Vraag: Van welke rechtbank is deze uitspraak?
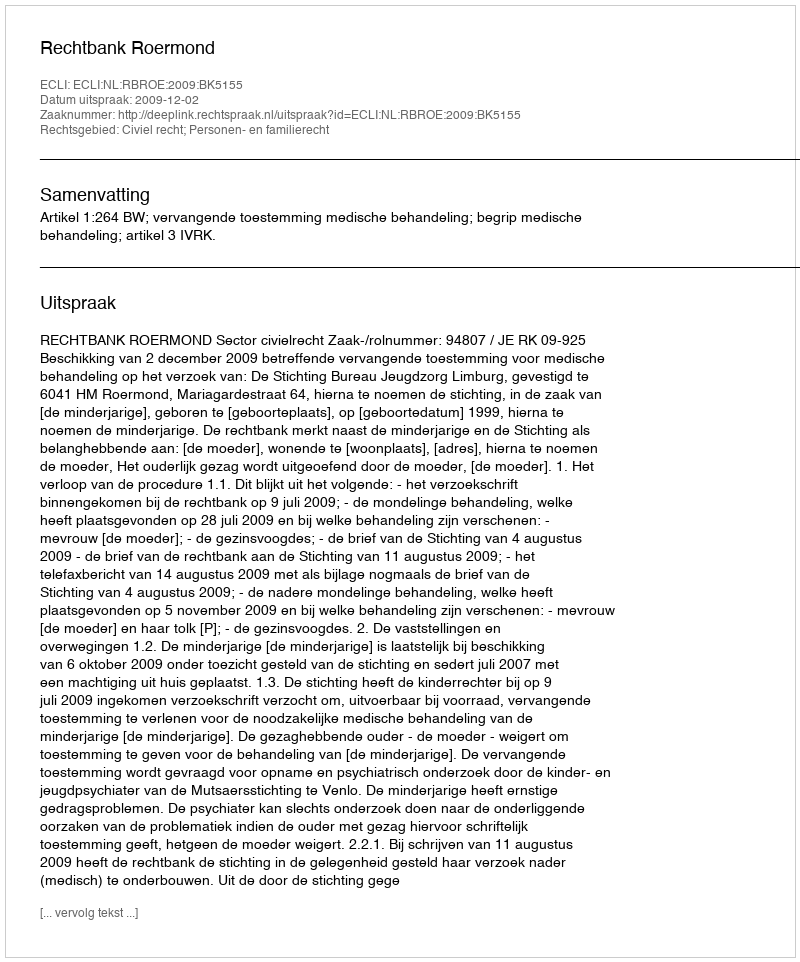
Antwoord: Rechtbank Roermond